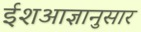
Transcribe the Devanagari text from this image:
ईशआज्ञानुसार